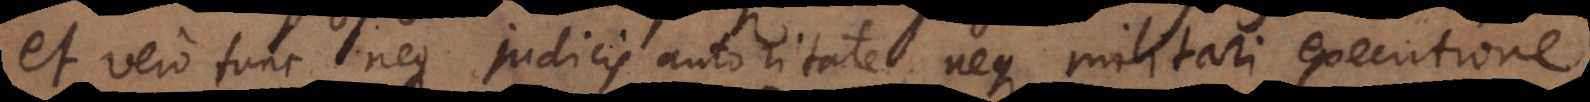
et vero tunc neque judicis autoritate, neque militari executione